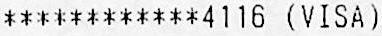
************4116 (VISA)